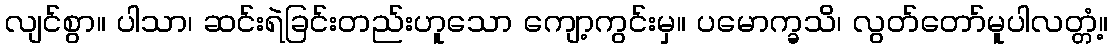
လျင်စွာ။ ပါသာ၊ ဆင်းရဲခြင်းတည်းဟူသော ကျော့ကွင်းမှ။ ပမောက္ခသိ၊ လွတ်တော်မူပါလတ္တံ့။